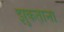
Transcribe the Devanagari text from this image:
झुकताना